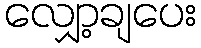
လျှော့ချပေး